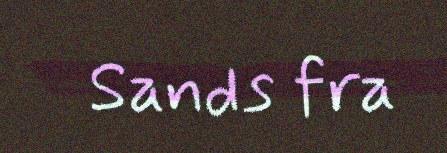
Sands fra